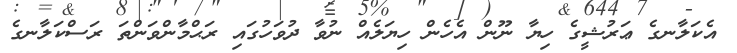
އެކަލާނގެ ޢަރުޝީގެ ހިޔާ ނޫން އެހެން ހިޔަލެއް ނުވާ ދުވަހުގައި ރަޙްމާންވަންތަ ރަސްކަލާނގެ